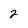
Character: 2